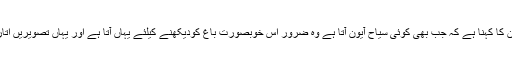
فداء حسین کا کہنا ہے کہ جب بھی کوئی سیاح آیون آتا ہے وہ ضرور اس خوبصورت باغ کودیکھنے کیلئے یہاں آتا ہے اور یہاں تصویریں اتارتے ہیں۔